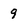
Character: 9